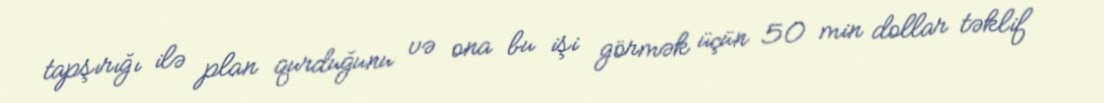
tapşırığı ilə plan qurduğunu və ona bu işi görmək üçün 50 min dollar təklif